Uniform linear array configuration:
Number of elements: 32
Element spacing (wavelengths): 1
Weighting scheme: cosine
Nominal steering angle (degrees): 15
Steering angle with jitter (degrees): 15.355
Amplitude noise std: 0.05
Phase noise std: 0.05

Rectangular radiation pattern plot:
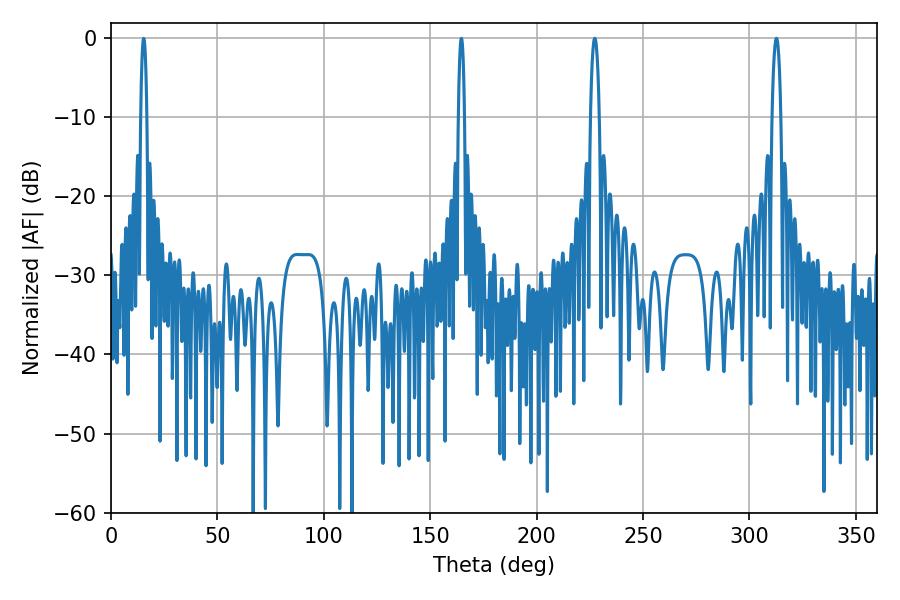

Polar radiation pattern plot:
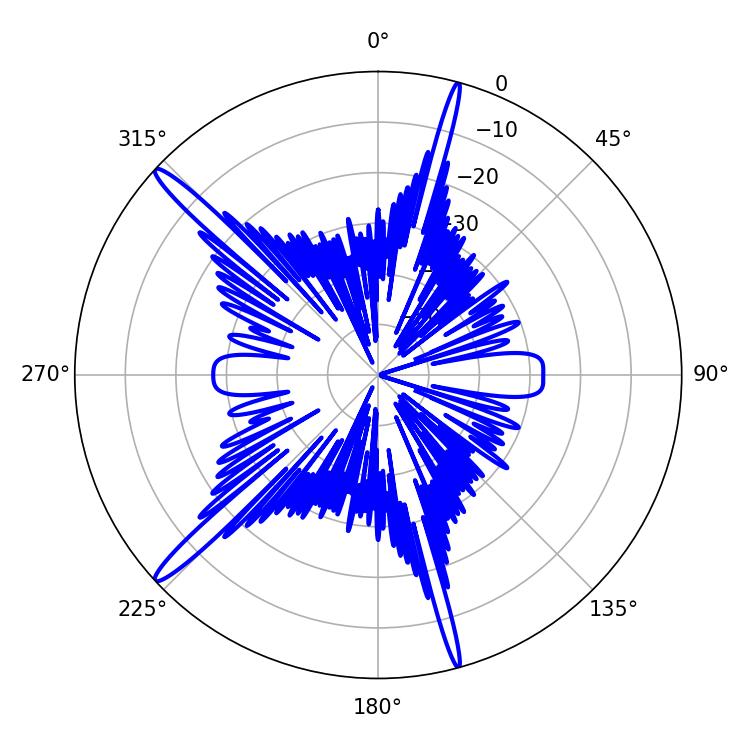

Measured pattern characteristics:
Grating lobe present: TRUE
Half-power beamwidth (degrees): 2.16
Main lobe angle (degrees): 312.66